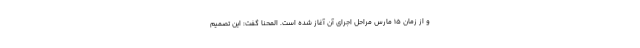
و از زمان ۱۵ مارس مراحل اجرای آن آغاز شده است. المحنا گفت: این تصمیم